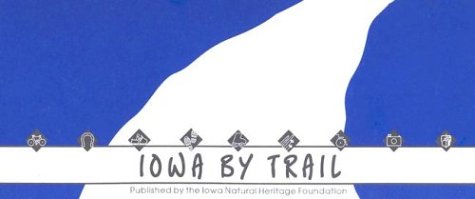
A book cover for Iowa by Trail-97; Iowa Natural Heritage; Travel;